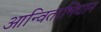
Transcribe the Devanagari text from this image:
आन्विताभिधान